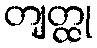
တျတ္ထု